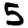
Digit: 5